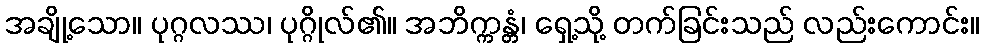
အချို့သော။ ပုဂ္ဂလဿ၊ ပုဂ္ဂိုလ်၏။ အဘိက္ကန္တံ၊ ရှေ့သို့ တက်ခြင်းသည် လည်းကောင်း။